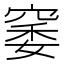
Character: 䆧